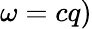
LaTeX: \omega=cq)